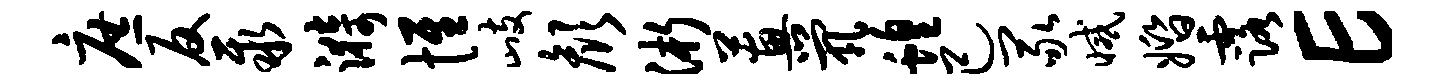
庶反聚漪惟歧颜浙蕙茕蝗己冢减婚露E